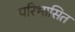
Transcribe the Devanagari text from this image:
परिभासित